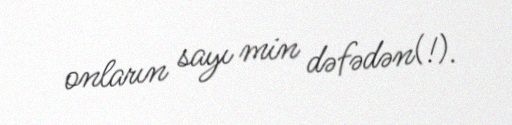
onların sayı min dəfədən(!).